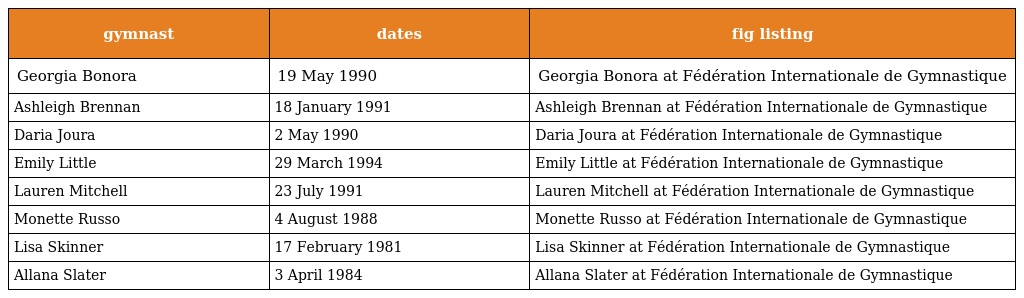
| gymnast | dates | fig listing |
 | --- | --- | --- |
 | Georgia Bonora | 19 May 1990 | Georgia Bonora at Fédération Internationale de Gymnastique |
 | Ashleigh Brennan | 18 January 1991 | Ashleigh Brennan at Fédération Internationale de Gymnastique |
 | Daria Joura | 2 May 1990 | Daria Joura at Fédération Internationale de Gymnastique |
 | Emily Little | 29 March 1994 | Emily Little at Fédération Internationale de Gymnastique |
 | Lauren Mitchell | 23 July 1991 | Lauren Mitchell at Fédération Internationale de Gymnastique |
 | Monette Russo | 4 August 1988 | Monette Russo at Fédération Internationale de Gymnastique |
 | Lisa Skinner | 17 February 1981 | Lisa Skinner at Fédération Internationale de Gymnastique |
 | Allana Slater | 3 April 1984 | Allana Slater at Fédération Internationale de Gymnastique |